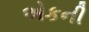
એકની